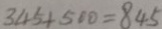
3 4 5 + 5 6 0 = 8 4 5